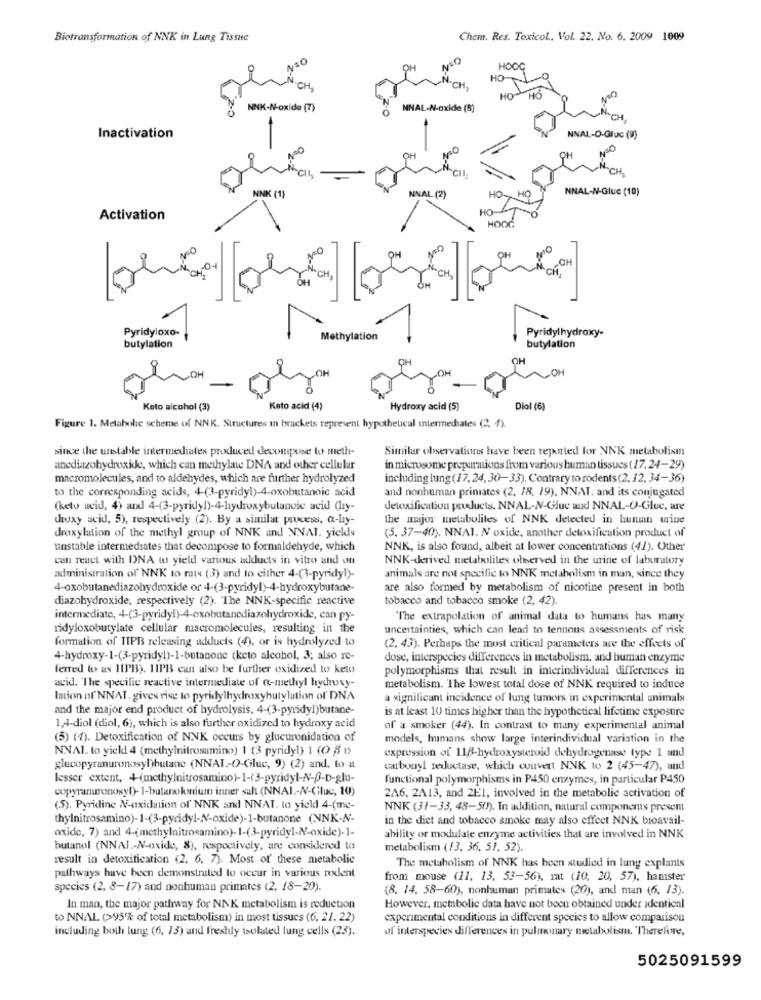
Biotransformation of NNK in Lung Tissue
Chem. Res. Toxicol, Vol. 22. No. 6. 2009 1009
NSO
HOOC
HO
N.CH.
HO-HO
NNK-N-oxide (7)
MNAL-N-oxide (8)
Inactivation
NNAL-O-Gluc (9)
OH
beiL
*cil.
NNK (1)
NNAL-N-Glue (10)
NNAL (2)
HO
HO-
Activation
HOOG
NO
OH
CH
CH.
"CH
CH.
Pyridyloxo-
Pyridylhydroxy-
Methylation
butylation
butylation
OH
OH
OH
OH
OH
Keto alcohol (3)
Keto acid (4)
Hydroxy acid (5)
Diol (6)
Figure 1. Melabohe scheme of NNK. Structures in brackets represent hypothetical intermediates (2, 4).
since the unstable intermediates produced decompose to meth-
Similar observations have been repented for NNK metabolism
anddiazohydroxide, which can methylate DNA and other cellular
in microsome preparations from various human tissues ( 17. 24-29)
macromolecules, and to aldehydes, which are further hydrolyzed
including lung (17,24, 30-33). Contrary to rodents (2, 12, 34-36)
to the corresponding acids, 4-(3-pyridyl)-4-oxobutanoic acid
and nonhuman primates (2, 78. 19). NNAT. and its conjugated
(keto weid, 4) and 4-(3-pyridy!)-4-hydroxybutanoic acid Chy-
detoxification products. NNAL-N-Glue and NNAL-O-Glue, are
hruxy acid, 5), respectively (2). By a similar poucess, a-ly-
the major metabolites of NNK detected in hunun urine
droxylation of the methyl group of NNK and NNAI. yields
(5. 37-40). NNAI. N oxide, another detoxification product of
unstable intermediates that decompose to formaldehyde, which
NNK, is also found, albeit at lower concentrations (41). Other
can react with DNA to yield various adducts in vitro and on
NNK-derived metabolites observed in the urine of laboratory
administration of NNK to rats (3) and lo cither 4-(3-pyridy!)-
animals are not specific to NNK metabolism in man, since they
4-oxobutanediazohydroxide or 4-(3-pyridyl)-4-hydroxybutane-
are also formed by metabolism of nicotine present in both
diazohydroxide, respectively (2). The NNK-specific reactive
tobacco and tobacco smoke (2, 42).
intermediate, 4-(3-pyridyl)-4-oxobutanediazohydroxide, can py-
The extrapolation of animal data to humans has many
ridyloxobutylate cellular macromolecules, resulting in the
uncertainties, which can lead to tenuous assessments of risk
formation of TIPB releasing adducts (4), or is hydrolyzed to
(2, 43). Perhaps the most critical parameters are the effects of
4-hydroxy-1-(3-pyridyl)-1-butanone (keto alcohol, 3; also re-
dose, interspecies differences in metabolism, and human enzyme
ferred to as 11PB). 11PB can also be further oxidized to keto
polymorphisms that result in interindividual differences in
acid. The specific reactive intermediate of a-methyl hydroxy-
metabolism. The lowest total dose of NNK required to induce
lation of' NNAT, gives rise to pyridylhydroxybutylation of DNA
a significant incidence of lung tumors in experimental animals
and the major end product of hydrolysis, 4-(3-pyridyl)butane-
is at least 10 times higher than the hypothetical lifetime exposure
1,4-diol (diol, 6), which is also further oxidized to hydroxy acid
of a smoker (44). In contrast to many experimental animal
(5) (4). Detoxification of NNK occurs by glucuronidation of
models, humans show large interindividual variation in the
NNAI. to yield 4 (methylnitrosamino) 1 (3 pyridyl) 1 (0 8 D
expression of 118-hydroxysteroid dehydrogenase type 1 and
glucopyranuronosyl)butane (NNAT-O-Gluc, 9) (2) and. to a
carbonyl reductase, which couvert NNK to 2 (45-47), and
lesser extent, +-(methylnitrosamino)-1-(3-pyridyl-N-ß-D-glu-
functional polymorphisms in P450 enzymes, in particular P450
copyranuronosyl)-1-butanokonium inner sult (NNAI-N-Ciluc, 10)
2A6, 2A13, and 2E1, involved in the metabolic activation of
(5). Pyridine N-oxidation of NNK and NNAT. lo yickdl 4-(me-
NNK (31-33, 48-50). In addition, natural components present
thylnitrosamino)-1-(3-pyridyl-N-oxide)-1-butanone (NNK-N-
in the diet and tobacco smoke may also effect NNK bioavail-
oxide, 7) and 4-(methylnitrosamino)-1-(3-pyridyl-N-oxide)-1-
ability or modulate enzyme activities that are involved in NNK
butanol (NNAJ .- N-oxide, 8), respectively, are considered to
metabolism (13. 36, 51, 52).
result in detoxification (2, 6, 7). Most of these metabolic
The metabolism of NNK has been studied in lung explants
pathways have been demonstrated to occur in various rodent
from mouse (11, 13, 53-56), rat (10, 20, 57), hamster
species (2. 8-17) and nonhuman primates (2, 18-20).
(8. 14. 58-60), nonhuman primates (20), and man (6. 13).
In man, the major pathway for NNK metabolism is reduction
However, metabolic data have not been obtained under identical
to NNAL (>95% of total metabolism) in most tissucs (6, 21. 22)
experimental conditions in different species to allow comparison
including both lung (6, 13) and freshly isolated lung cells (23).
ul interspecies differences in pulmonary metabolism. "Therefore,
5025091599